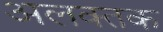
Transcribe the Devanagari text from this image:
अलक्तक